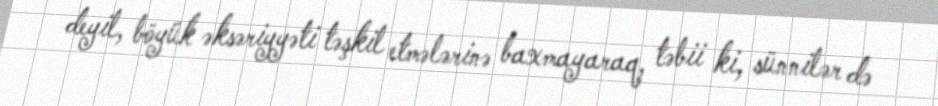
deyil, böyük əksəriyyəti təşkil etmələrinə baxmayaraq, təbii ki, sünnilər də